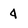
Character: 4